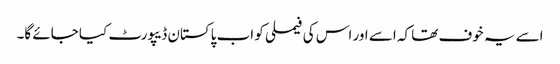
اسے یہ خوف تھا کہ اسے اور اس کی فیملی کو اب پاکستان ڈیپورٹ کیا جائے گا۔